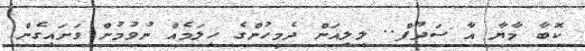
ކޮބާ މާޔާ އާ ސަދޫފް.. ލިލިއަން ދެމީހުންގެ ހިލަމެއް ނުވުމުން ވަށައިގެން